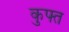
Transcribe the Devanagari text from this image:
कुफ्त